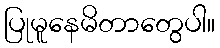
ပြုမူနေမိတာတွေပါ။